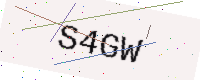
Text: S4GW